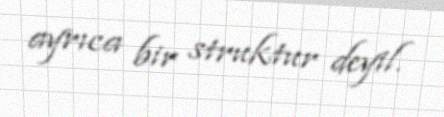
ayrıca bir struktur deyil.